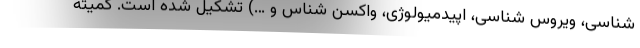
شناسی، ویروس شناسی، اپیدمیولوژی، واکسن شناس و …) تشکیل شده است. کمیته